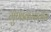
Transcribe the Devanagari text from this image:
गुणाकारातील